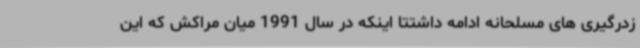
زدرگیری های مسلحانه ادامه داشتتا اینکه در سال 1991 میان مراکش که این